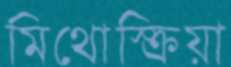
মিথোস্ক্রিয়া